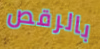
بالرقص